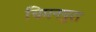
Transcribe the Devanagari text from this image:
चिमनपुरा